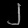
Digit: ၂